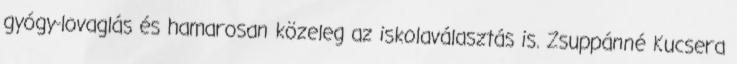
gyógy-lovaglás és hamarosan közeleg az iskolaválasztás is. Zsuppánné Kucsera